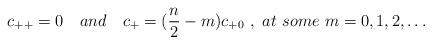
LaTeX: \begin{align*}c_{++}=0 \quad and \quad c_{+} = ({n \over 2} - m) c_{+0} \ , \ at \ some\ m=0,1,2,\dots\end{align*}